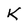
Character: K